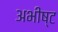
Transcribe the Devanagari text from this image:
अभीष्‍ट